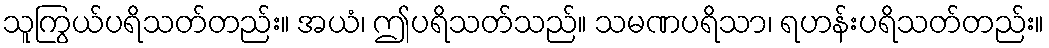
သူကြွယ်ပရိသတ်တည်း။ အယံ၊ ဤပရိသတ်သည်။ သမဏပရိသာ၊ ရဟန်းပရိသတ်တည်း။